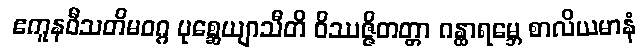
ဧကူနဝီသတိမဝဂ္ဂ ပုစ္ဆေယျာသီတိ ဝိဿဇ္ဇိတတ္တာ ဂန္ထာရမ္ဘေ စာလိယမာနံ